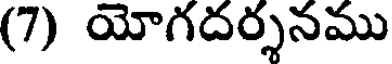
(7) యోగదర్శనము